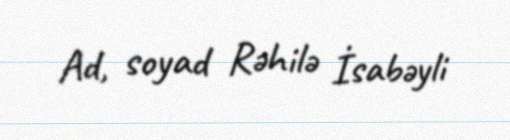
Ad, soyad Rəhilə İsabəyli